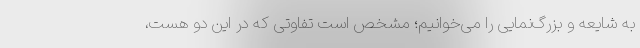
به شایعه و بزرگ‌نمایی را می‌خوانیم؛ مشخص است تفاوتی که در این دو هست،